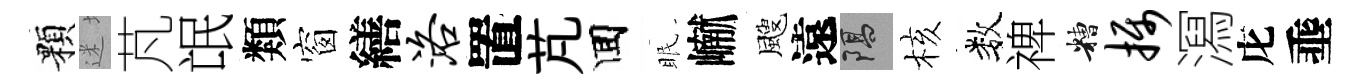
顆迷芃氓類窗繕洛置芃囬眠𪩘颼遠隔核数禆糟摄㵼庀埀